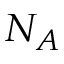
N _ { A }